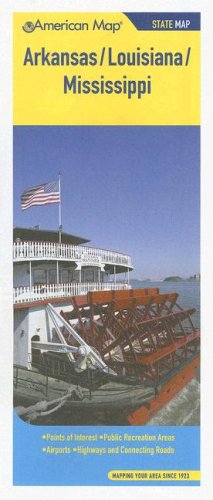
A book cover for American Map Arkansas, Louisiana, & Mississippi Pocket Map; Travel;